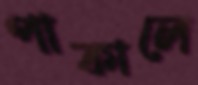
পাকালে